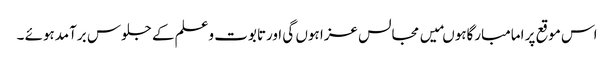
اس موقع پر امامبارگاہوںمیں مجالس عزا ہوں گی اورتابوت وعلم کے جلوس برآمدہوئے ۔